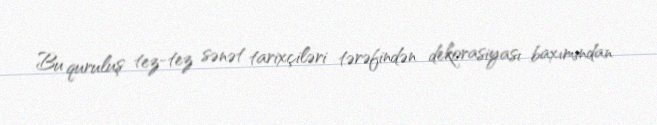
Bu quruluş tez-tez sənət tarixçiləri tərəfindən dekorasiyası baxımından